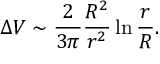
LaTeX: \Delta V \sim \frac { 2 } { 3 \pi } \frac { R ^ { 2 } } { r ^ { 2 } } \ln \frac { r } { R } .